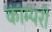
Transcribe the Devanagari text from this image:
काम्परी